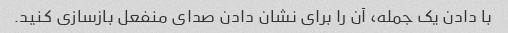
با دادن یک جمله، آن را برای نشان دادن صدای منفعل بازسازی کنید.